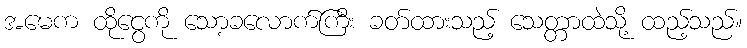
အမေက ထိုငွေကို သော့ခလောက်ကြီး ခတ်ထားသည့် သေတ္တာထဲသို့ ထည့်သည်။